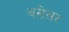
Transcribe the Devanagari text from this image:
बसेसर